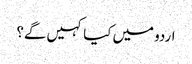
اردو میں کیا کہیں گے؟